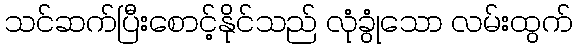
သင်ဆက်ပြီးစောင့်နိုင်သည် လုံခွုံသော လမ်းထွက်